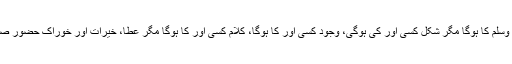
بھرم حضور صلی اللہ علیہ وآلہ وسلم کا ہوگا مگر شکل کسی اور کی ہوگی، وجود کسی اور کا ہوگا، کلام کسی اور کا ہوگا مگر عطا، خیرات اور خوراک حضور صلی اللہ علیہ وآلہ وسلم کی ہوگی۔